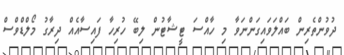
ދުވުންތެރިން ބައްލަވައިގަންނަވާ މި ހާއްސަ ޓީޝާޓުން ލިބޭ ހުރިހާ ފައިސާއެއް ދިރާގު މޯލްޑްވްސް